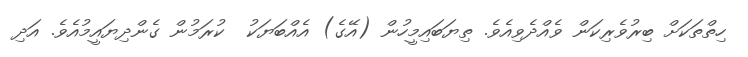
ހިތްތަކަށް ބިރުވެރިކަން ވެއްދެވިއެވެ. ތިޔަބައިމީހުން (އޭގެ) އެއްބަޔަކު  ކުރަމުން ގެންދިޔައީމުއެވެ. އަދި